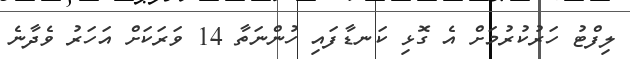
ލިފްޓު ހަރުކުރުމަށް އެ ގޮޅި ކަނޑާފައި ހުންނަތާ 14 ވަރަކަށް އަހަރު ވެދާނެ